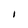
Character: I